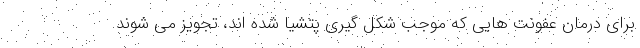
برای درمان عفونت هایی که موجب شکل گیری پتشیا شده اند، تجویز می شوند.